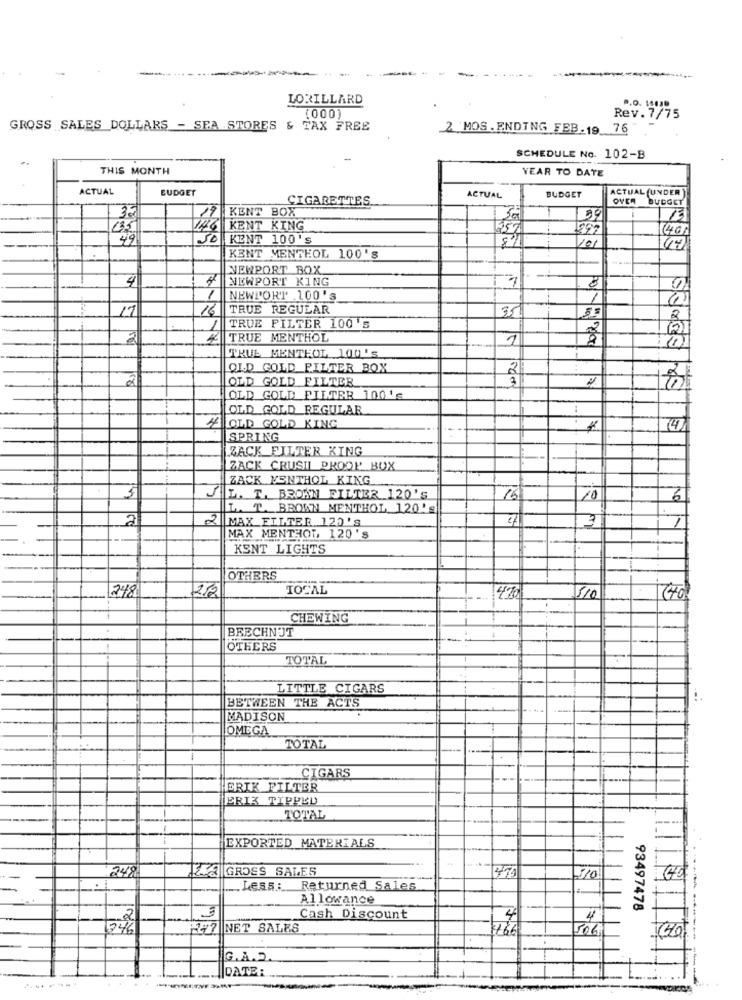
LORILLARD
.. O. 14
(000)
Rev.7/75
GROSS SALES DOLLARS - SEA STORES & TAX FREE
2 MOS. ENDING FEB.19 76
SCHEDULE No. 102-B
THIS MONTH
YEAR TO DATE
ACTUAL
BUDGET
ACTUAL (UNDER
CIGARETTES
ACTUAL
BUDGET
OVER
BUDGET
17 KENT BOX
1
13
45
26 KENT KING
257
(40)
SO KENT 100'S
101
44
KENT MENTEOL 100's
NEWPORT BOX
4
NEWPORT KING
8
0
1
NEWPORT .100's
/
17
16
TRUE REGULAR
35
55
2
1
TRUE FILTER 100's
221
2
TRUE MENTHOL
1
TRUE MENTHOL 100's
OLD GOLD FILTER BOX
2
2
OLD GOLD FILTER
OLD GOLD FILTER 100's
OLD GOLD REGULAR
4 OLD GOLD KING
SPRING
ZACK FILTER KING
ZACK CRUSIL PROOP BOX
ZACK MENTHOL KING
L. T. BROWN FILTER 120'S
10
3
L. T. BROWN MENTHOL 120's
2
MAX ETITER 120'S
3
MAX MENTHOL, 120's
KENT LIGHTS
OTHERS
248
TOTAL
470
510
CHEWING
BRECHNUT
OTHERS
TOTAL
LITTLE CIGARS
BETWEEN THE ACTS
MADISON
OMEGA
TOTAL
CIGARS
ERIK FILTER
ERIK TIPPED
TOTAL
EXPORTED MATERIALS
248
LES GROSS SALES
473
110
Less .:__
Returned Sales
Allowance
93497478
2
Cash Discount
4
4
246
2-7 NET SALES
506
G.A.2
DATE: